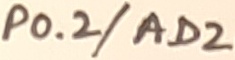
Text: P0.2/AD2